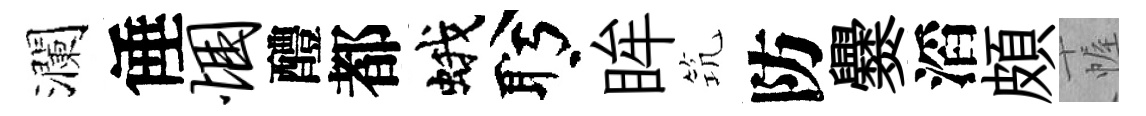
瀾倕悃醴都蛾盻眸𥬑防爨滔頗幄